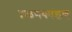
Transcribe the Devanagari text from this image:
दळणकांडण